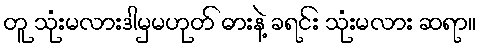
တူ သုံးမလားဒါမှမဟုတ် ဓားနဲ့ ခရင်း သုံးမလား ဆရာ။